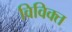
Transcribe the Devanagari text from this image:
विविक्त